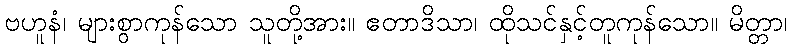
ဗဟူနံ၊ များစွာကုန်သော သူတို့အား။ ဧတာဒိသာ၊ ထိုသင်နှင့်တူကုန်သော။ မိတ္တာ၊